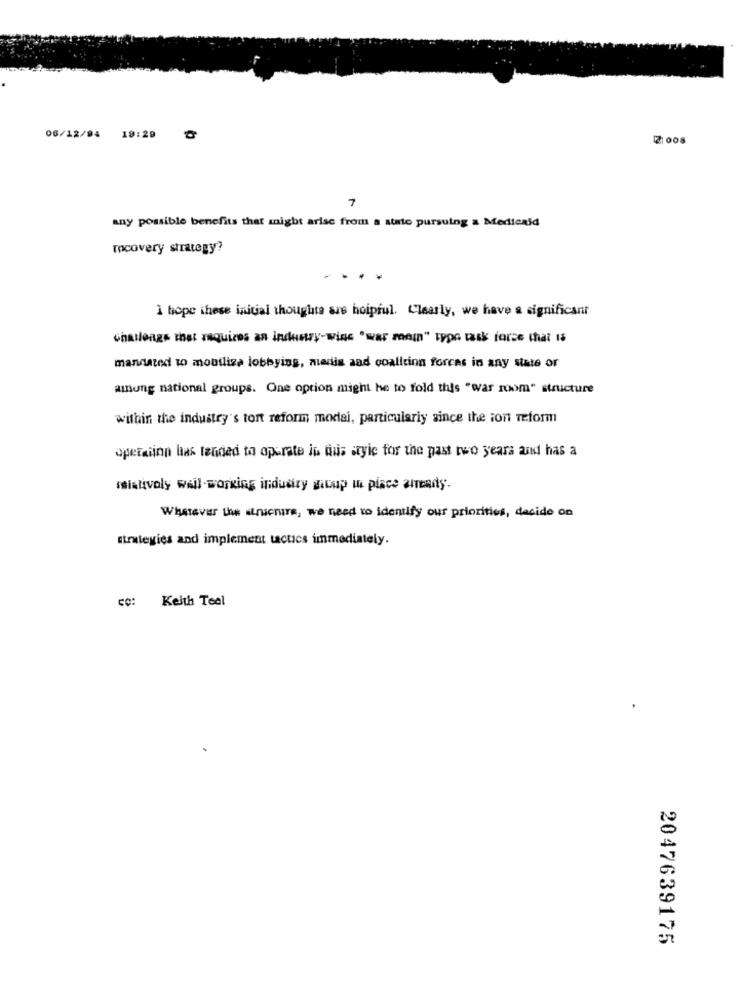
06/12/94 19:29
Z1008
7
any possible benefits that might arise from a stato pursuing a Medicaid
rocovery strategy?
I hope these initial thoughts are hoiprul. Clearly, we have a significant
challenge that requires an industry-wins "war mein" typo task force that Is
mandated to mobiliza lobbying, medis aad coalition forces in any state or
among national groups. One option might he to fold this "war room" structure
within the industry's tort reform model, particularly since the ion reform
operaiinn has tended to operate in mus style for the past two years and has a
sistivoly well-working industry gicup ti piace already-
Whatever the structure, we need to identify our priorities, decide on
strategies and implement tactics immediately.
CC: Keith Teel
2047639175